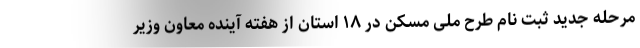
مرحله جدید ثبت نام طرح ملی مسکن در ۱۸ استان از هفته آینده معاون وزیر